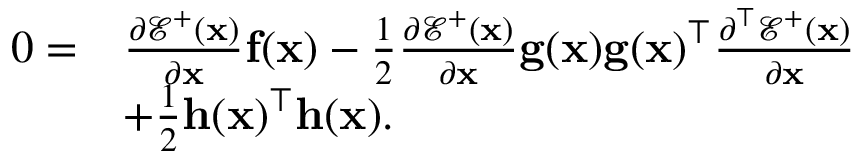
\begin{array} { r l } { 0 = } & { \frac { \partial \mathcal { E } ^ { + } ( \mathbf { x } ) } { \partial \mathbf { x } } \mathbf { f } ( \mathbf { x } ) - \frac { 1 } { 2 } \frac { \partial \mathcal { E } ^ { + } ( \mathbf { x } ) } { \partial \mathbf { x } } \mathbf { g } ( \mathbf { x } ) \mathbf { g } ( \mathbf { x } ) ^ { \top } \frac { \partial ^ { \top } \mathcal { E } ^ { + } ( \mathbf { x } ) } { \partial \mathbf { x } } } \\ & { + \frac { 1 } { 2 } \mathbf { h } ( \mathbf { x } ) ^ { \top } \mathbf { h } ( \mathbf { x } ) . } \end{array}